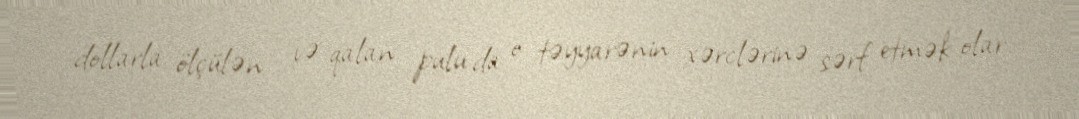
dollarla ölçülən - və qalan pulu da o təyyarənin xərclərinə sərf etmək olar.